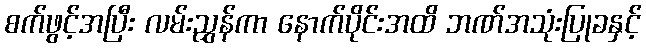
စက်ဖွင့်အပြီး လမ်းညွှန်ကာ နောက်ပိုင်းအထိ ဘဏ်အသုံးပြုခနှင့်